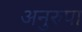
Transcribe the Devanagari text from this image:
अनुरुपा